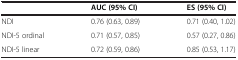
<table><thead><tr><td><b> </b></td><td><b>AUC (95% CI)</b></td><td><b>ES (95% CI)</b></td></tr></thead><tbody><tr><td>NDI</td><td>0.76 (0.63, 0.89)</td><td>0.71 (0.40, 1.02)</td></tr><tr><td>NDI-5 ordinal</td><td>0.71 (0.57, 0.85)</td><td>0.57 (0.27, 0.86)</td></tr><tr><td>NDI-5 linear</td><td>0.72 (0.59, 0.86)</td><td>0.85 (0.53, 1.17)</td></tr></tbody></table>